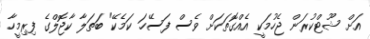
އަށް ޝޫޓްކުރަން ޖެހުމަކީ އެއްގޮތަކަށް ވެސް ފަސޭހަ ކަމެކޭ" ބަތަލާ ކާޖޮލްގެ ފިރިމީހާ